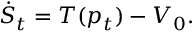
\dot { S } _ { t } = T ( p _ { t } ) - V _ { 0 } .